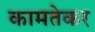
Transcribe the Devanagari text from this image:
कामतेकर